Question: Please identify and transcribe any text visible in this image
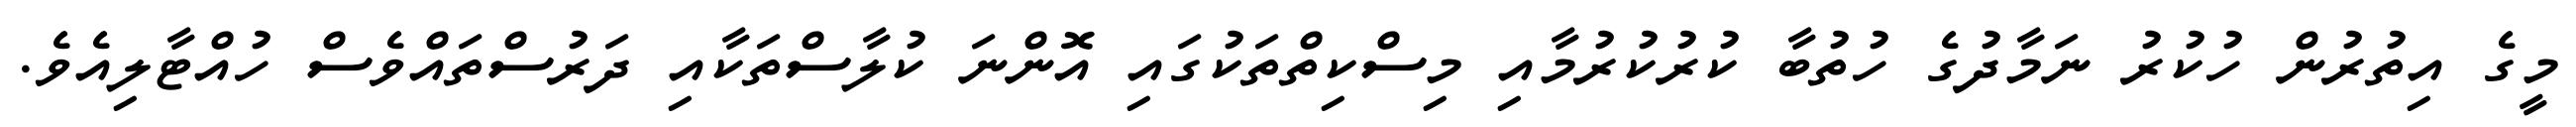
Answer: މީގެ އިތުރުން ހުކުރު ނަމާދުގެ ހުތުބާ ކުރުކުރުމާއި މިސްކިތްތަކުގައި އޮންނަ ކުލާސްތަކާއި ދަރުސްތައްވެސް ހުއްޓާލިއެވެ.